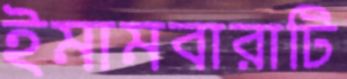
ইমামবারাটি